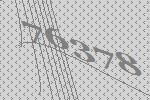
76378